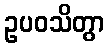
ဥပဝသိတွာ